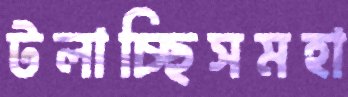
টলাচ্ছিসমহা